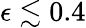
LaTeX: \epsilon\lesssim 0.4